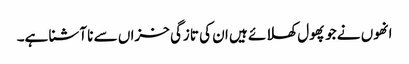
انھوں نے جو پھول کھلائے ہیں ان کی تازگی خزاں سے نا آشنا ہے۔